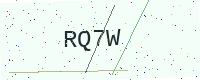
Text: RQ7W